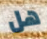
هل